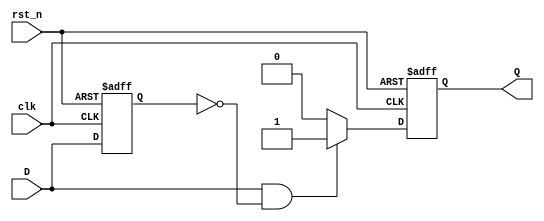
module positive_edge_detector (
    input wire clk,          // Clock input
    input wire rst_n,       // Active low reset
    input wire D,           // Input signal to detect rising edge
    output reg Q            // Output pulse indicating rising edge detection
);

// Internal variable to store the previous state of input signal
reg D_prev;

// Always block to detect rising edge and generate pulse
always @(posedge clk or negedge rst_n) begin
    if (!rst_n) begin
        Q <= 1'b0;          // Reset output pulse to low
        D_prev <= 1'b0;     // Reset previous state to low
    end else begin
        // Rising edge detection logic
        if (D && !D_prev) begin
            Q <= 1'b1;      // Set output pulse high on rising edge
        end else begin
            Q <= 1'b0;      // Reset output pulse to low
        end
        
        // Update previous state for next comparison
        D_prev <= D;       
    end
end

endmodule